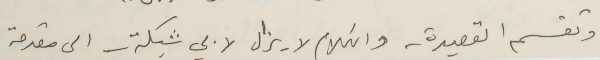
وتقسم القصيدة - والكلام لا يزال لابي شبكة - الى مقدمة